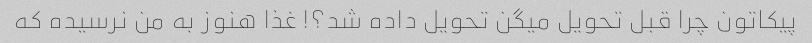
پیکاتون چرا قبل تحویل میگن تحویل داده شد؟! غذا هنوز به من نرسیده که